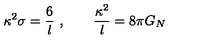
\kappa ^ { 2 } \sigma = { \frac { 6 } { l } } \ , \qquad { \frac { \kappa ^ { 2 } } { l } } = 8 \pi G _ { N }